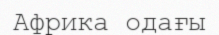
Африка одағы